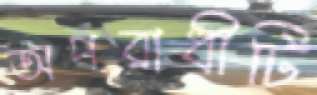
অপরাধীটি